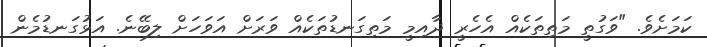
ކަމަށެވެ. "ވަގުތީ މަތިތަކެއް އެހެރީ ދާއިމީ މަތިގަނޑުތަކެއް ވަރަށް އަވަހަށް ލިބޭނެ. އަޅުގަނޑުމެން